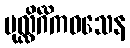
ပုလ္လိင်္ဂိကဝသေန